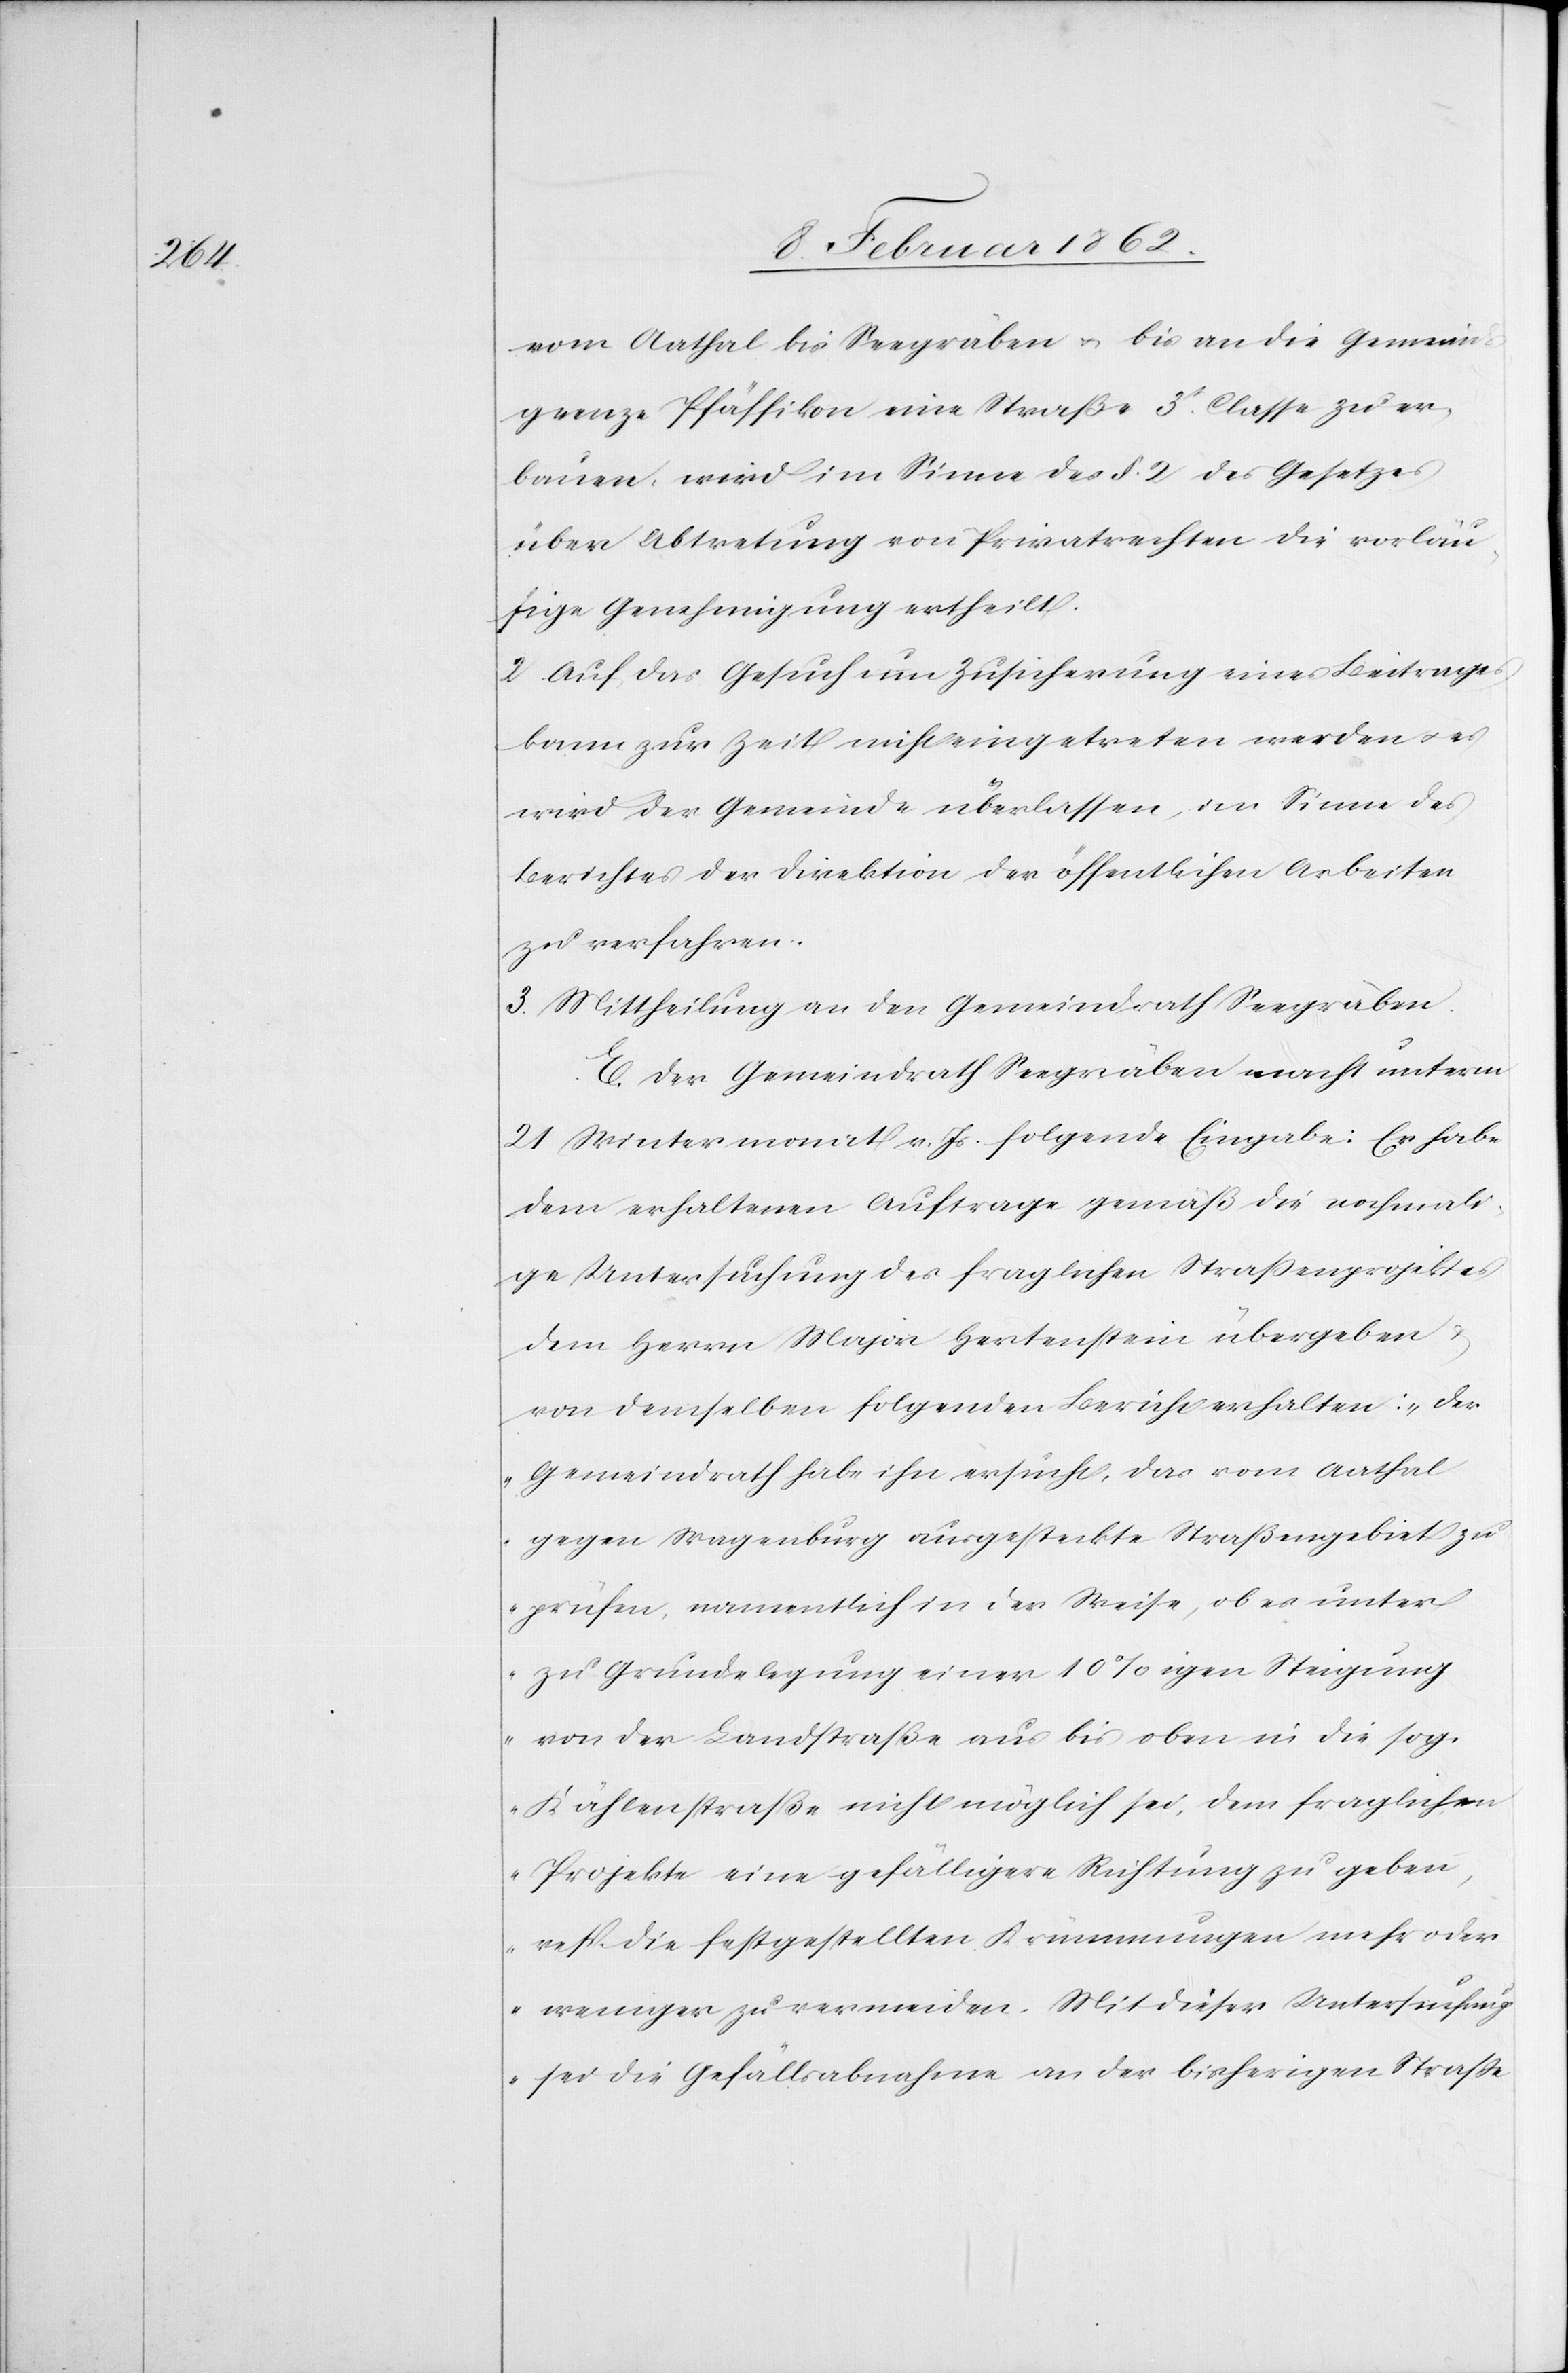
vom Aathal bis Seegräben u. bis an die Gemeinde¬
grenze Pfäffikon eine Straße 3t. Classe zu er¬
bauen, wird im Sinne des §. 2 des Gesetzes
über Abtretung von Privatrechten die vorläu¬
fige Genehmigung ertheilt.
2. Auf das Gesuch um Zusicherung eines Beitrages
kann zur Zeit nicht eingetreten werden u. es
wird der Gemeinde überlassen, im Sinne des
Berichtes der Direktion der öffentlichen Arbeiten
zu verfahren.
3. Mittheilung an den Gemeindrath Seegräben.
E. Der Gemeindrath Seegräben macht unterm
21 Wintermonat v. Js. folgende Eingabe: Er habe
dem erhaltenen Auftrage gemäß die nochmali¬
ge Untersuchung des fraglichen Straßenprojektes
dem Herrn Major Hertenstein übergeben u.
von demselben folgenden Bericht erhalten: „Der
Gemeindrath habe ihn ersucht, das vom Aathal
gegen Wagenburg ausgesteckte Straßengebiet zu
prüfen, namentlich der Weise, ob es unter
zu Grundelegung einer 10%igen Steigung
von der Landstraße aus bis oben in die sog.
Kählenstraße nicht möglich sei, dem fraglichen
Projekte eine gefälligere Richtung zu geben,
resp. die festgestellten Krümmungen mehr oder
weniger zu vermeiden. Mit dieser Untersuchung
sei die Gefällsabnahme an der bisherigen Straße